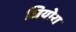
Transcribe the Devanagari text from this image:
जियोरा